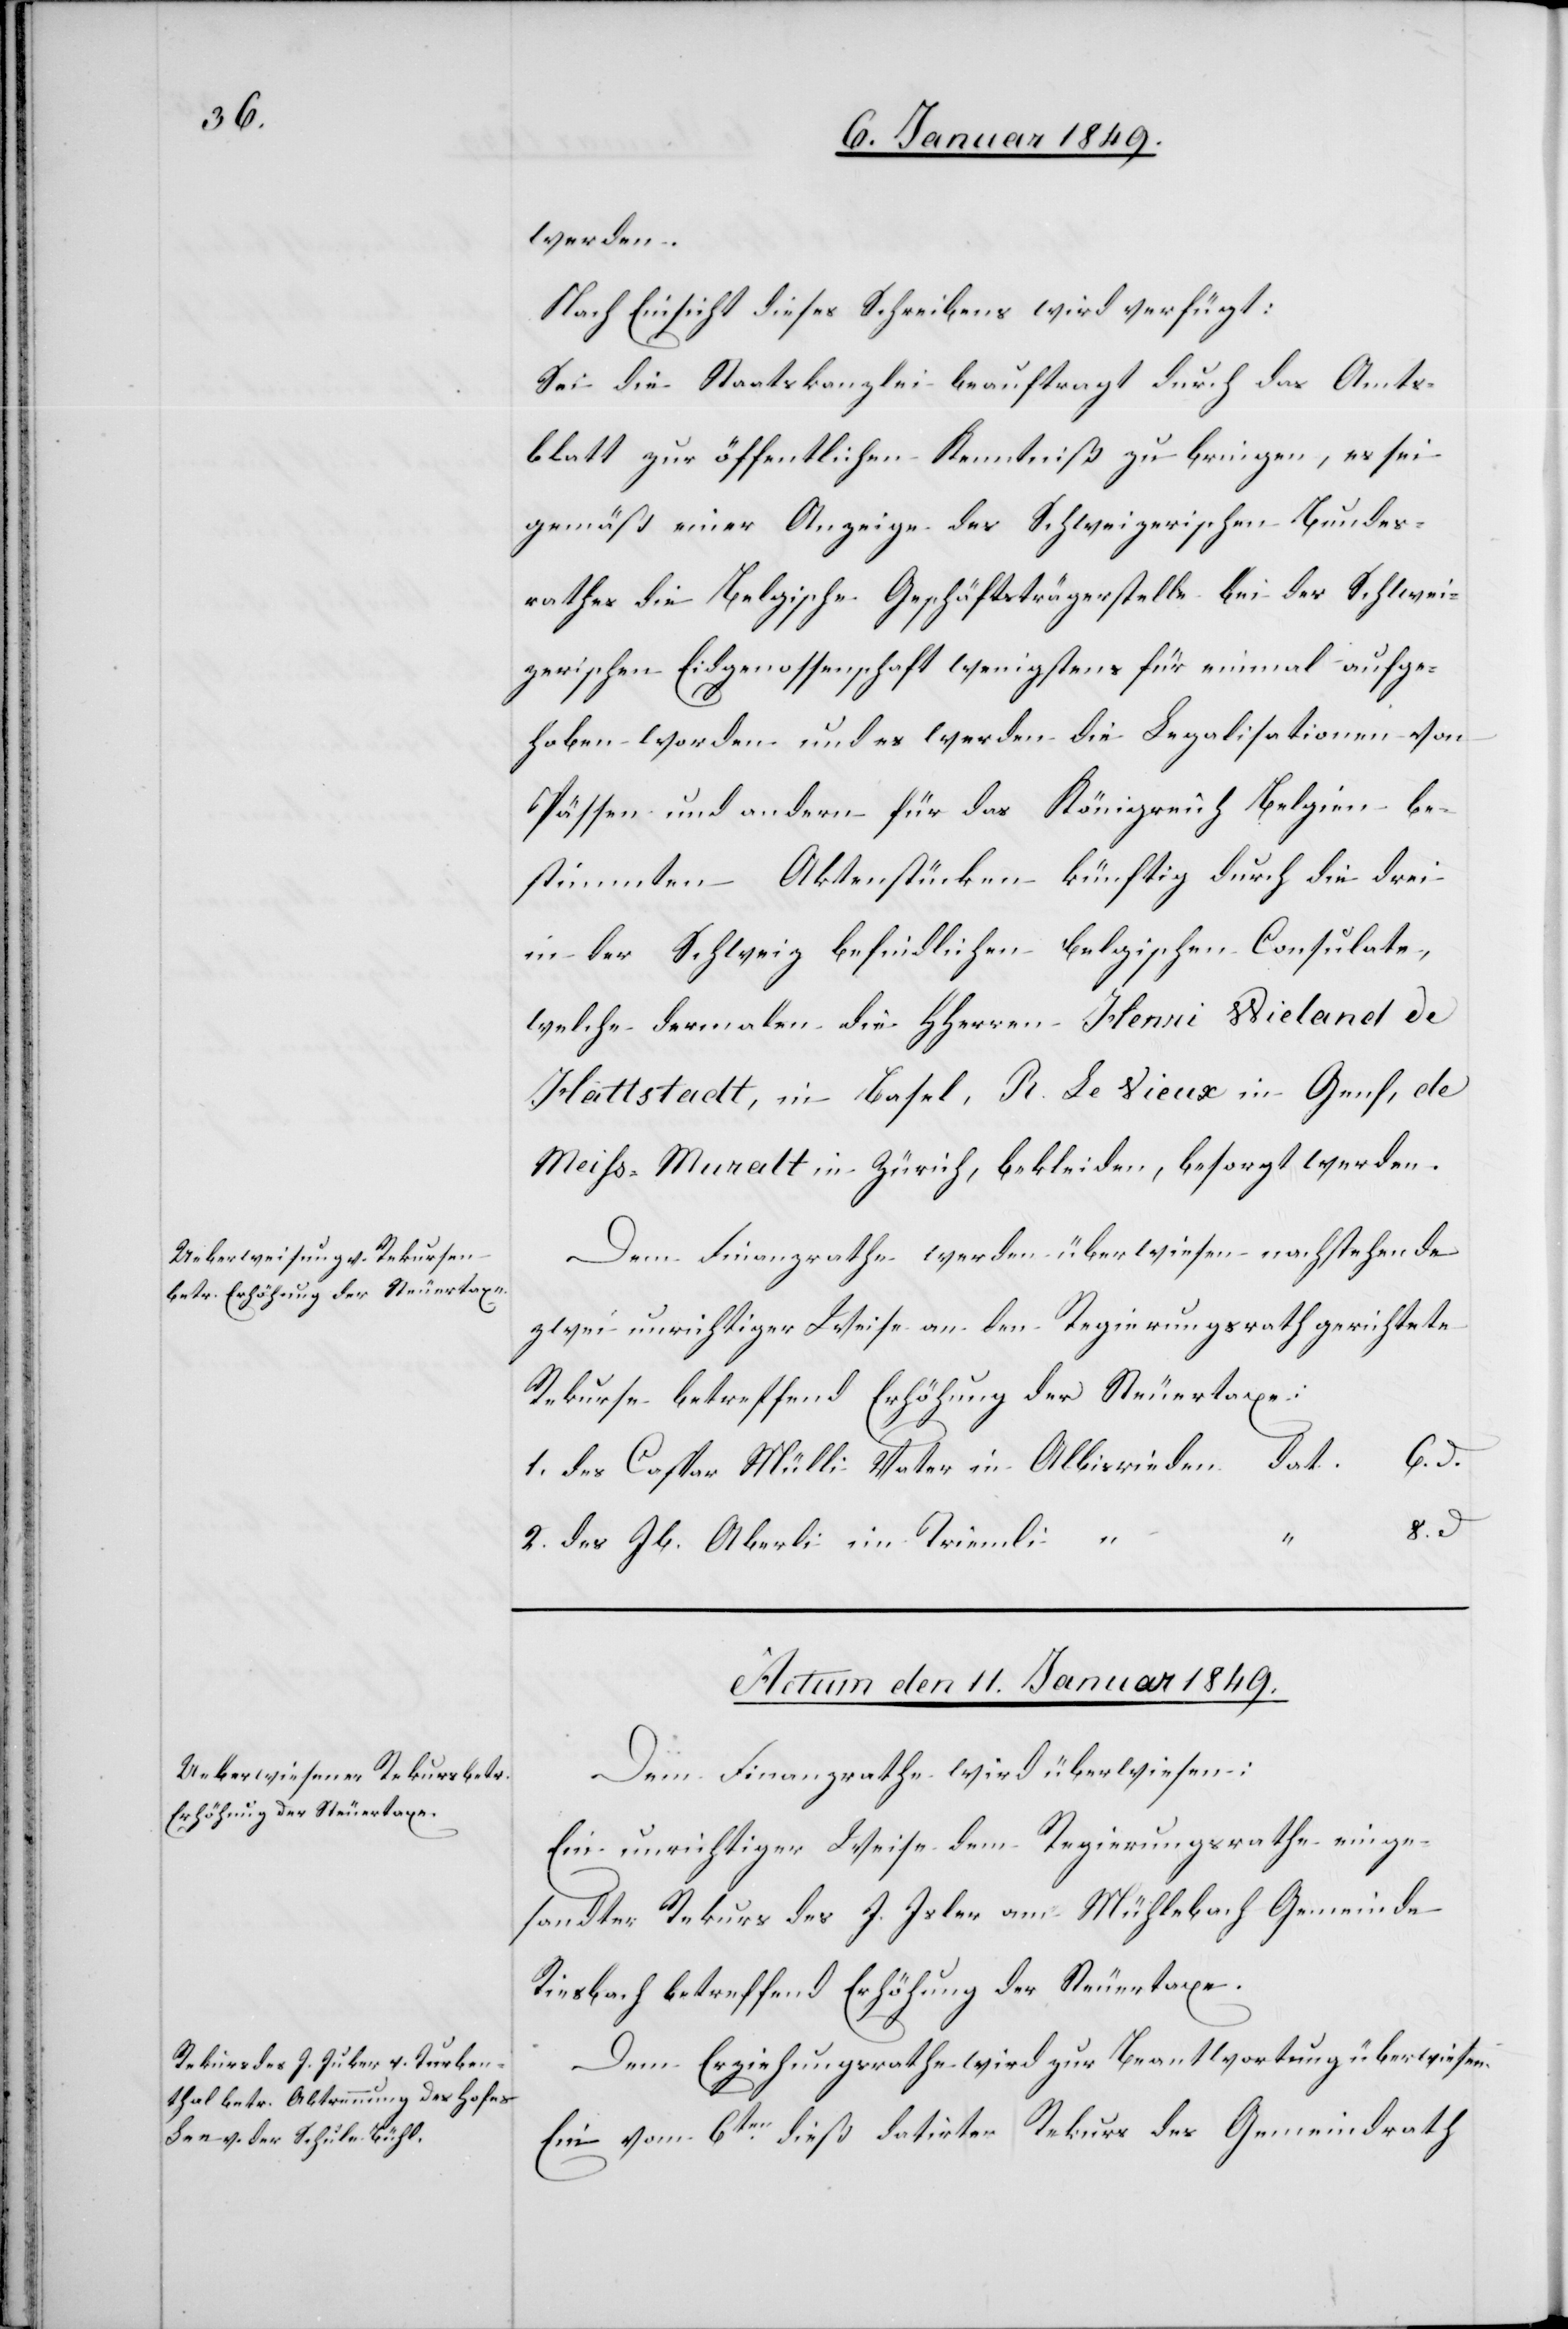
werden.
Nach Einsicht dieses Schreibens wird verfügt:
Sei die Staatskanzlei beauftragt durch das Amts¬
blatt zur öffentlichen Kenntniß zu bringen, es sei
gemäß einer Anzeige des Schweizerischen Bundes¬
rathes die Belgische Geschäftsträgerstelle bei der Schwei¬
zerischen Eidgenossenschaft wenigstens für einmal aufge¬
hoben worden und es werden die Legalisationen von
Pässen und andern für das Königreich Belgien be¬
stimmten Aktenstücken künftig durch die drei
in der Schweiz befindlichen belgischen Consulate,
welche dermalen die HHerren Henri Wieland de
Hattstadt, in Basel, R. Le Vieux in Genf, de
Meiss-Muralt in Zürich, bekleiden, besorgt werden.
Dem Finanzrathe werden überwiesen nachstehende
zwei unrichtiger Weise an den Regierungsrath gerichtete
Rekurse betreffend Erhöhung der Steuertaxe:
1. des Caspar Mülli Vater in Albisrieden dat.
6. d.
2. des Jb. Aberli im Triemli “
Actum den 11. Januar 1849.]
Dem Finanzrathe wird überwiesen:
Ein unrichtiger Weise dem Regierungsrathe einge¬
sandter Rekurs des J. Isler am Mühlebach Gemeinde
Riesbach betreffend Erhöhung der Steuertaxe.
Dem Erziehungsrathe wird zur Beantwortung überwiesen.
Ein vom 6ten. dieß datirter Rekurs des Gemeindrath